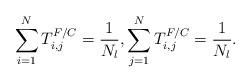
LaTeX: \begin{align*}\sum^{N}_{i=1}T^{F/C}_{i,j}=\frac{1}{N_{l}}, \sum^{N}_{j=1}T^{F/C}_{i,j}=\frac{1}{N_{l}}.\end{align*}